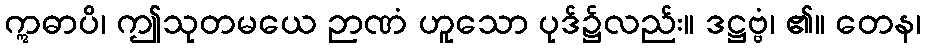
ဣဓာပိ၊ ဤသုတမယေ ဉာဏံ ဟူသော ပုဒ်၌လည်း။ ဒဋ္ဌဗ္ဗံ၊ ၏။ တေန၊